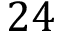
2 4